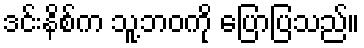
ဒင်းနိစ်က သူ့ဘဝကို ပြောပြသည်။